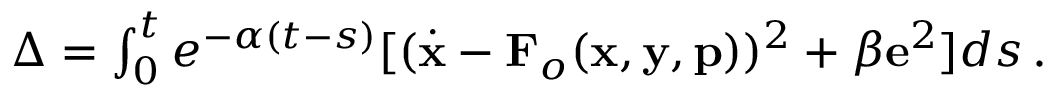
\begin{array} { r } { \Delta = \int _ { 0 } ^ { t } e ^ { - \alpha ( t - s ) } [ ( \dot { \mathbf { x } } - \mathbf { F } _ { o } ( \mathbf { x } , \mathbf { y } , \mathbf { p } ) ) ^ { 2 } + \beta \mathbf { e } ^ { 2 } ] d s \, . } \end{array}